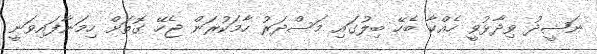
ނަޝީދު ވިދާޅުވީ ހެއްކާ ބެހޭ ބިލުގައި މަސްދަރު ހާމަކުރަން ޖެހޭ ގޮތަށް ހިމަނާފައިވަނީ